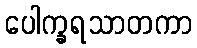
ပေါက္ခရသာတကာ